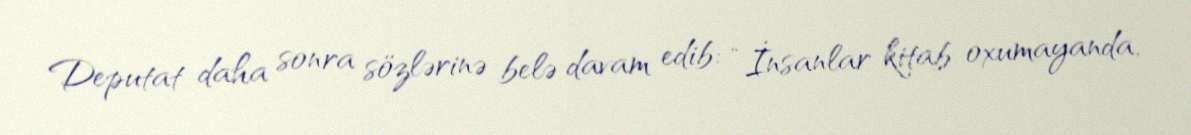
Deputat daha sonra sözlərinə belə davam edib: “İnsanlar kitab oxumayanda,